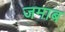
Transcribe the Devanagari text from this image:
जमाब